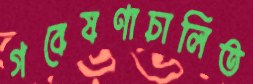
গবেষণাচালিত